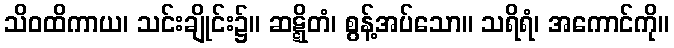
သိဝထိကာယ၊ သင်းချိုင်း၌။ ဆဋ္ဋိတံ၊ စွန့်အပ်သော။ သရိရံ၊ အကောင်ကို။